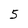
Character: 5